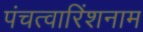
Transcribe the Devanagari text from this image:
पंचत्वारिंशनाम